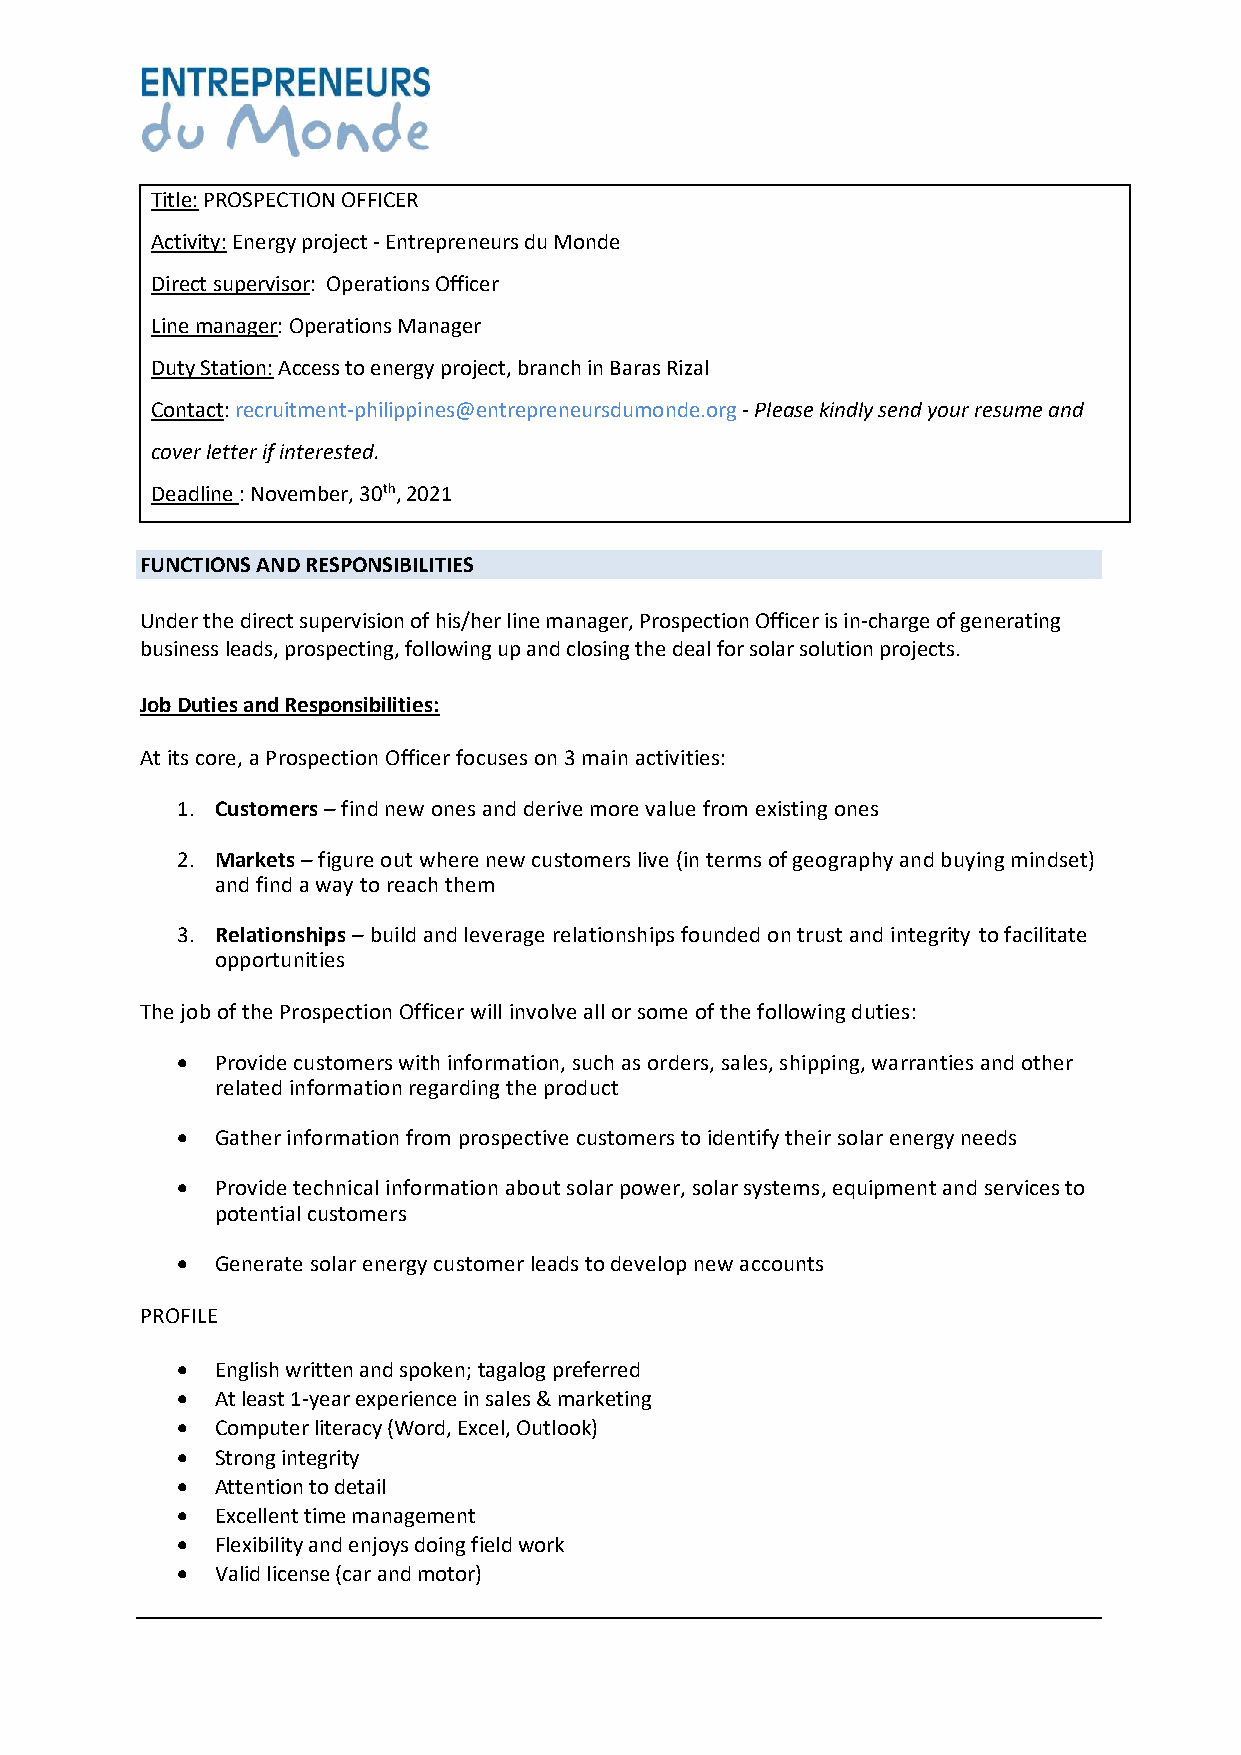
Title: PROSPECTION OFFICER
 Activity: Energy project - Entrepreneurs du Monde
 Direct supervisor: Operations Officer
 Line manager: Operations Manager
 Duty Station: Access to energy project, branch in Baras Rizal
 Contact: recruitment-philippines@entrepreneursdumonde.org - Please kindly send your resume and
 cover letter if interested.
 Deadline : November, 30th, 2021
 FUNCTIONS AND RESPONSIBILITIES
 Under the direct supervision of his/her line manager, Prospection Officer is in-charge of generating
 business leads, prospecting, following up and closing the deal for solar solution projects.
 Job Duties and Responsibilities:
 At its core, a Prospection Officer focuses on 3 main activities:
 1. Customers – find new ones and derive more value from existing ones
 2. Markets – figure out where new customers live (in terms of geography and buying mindset)
 and find a way to reach them
 3. Relationships – build and leverage relationships founded on trust and integrity to facilitate
 opportunities
 The job of the Prospection Officer will involve all or some of the following duties:
 • Provide customers with information, such as orders, sales, shipping, warranties and other
 related information regarding the product
 • Gather information from prospective customers to identify their solar energy needs
 • Provide technical information about solar power, solar systems, equipment and services to
 potential customers
 • Generate solar energy customer leads to develop new accounts
 PROFILE
 • English written and spoken; tagalog preferred
 • At least 1-year experience in sales & marketing
 • Computer literacy (Word, Excel, Outlook)
 • Strong integrity
 • Attention to detail
 • Excellent time management
 • Flexibility and enjoys doing field work
 • Valid license (car and motor)